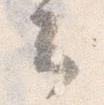
云